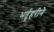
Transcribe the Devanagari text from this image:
भर्तृहरीने